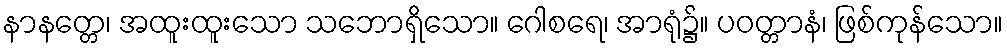
နာနတ္တေ၊ အထူးထူးသော သဘောရှိသော။ ဂေါစရေ၊ အာရုံ၌။ ပဝတ္တာနံ၊ ဖြစ်ကုန်သော။